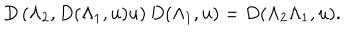
LaTeX: D \left( \Lambda _ { 2 } , D ( \Lambda _ { 1 } , u ) u \right) D ( \Lambda _ { 1 } , u ) = D ( \Lambda _ { 2 } \Lambda _ { 1 } , u ) .